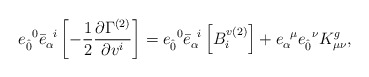
\begin{align*}{e}_{ \hat{0}}^{\;\;0} {\bar{e}}_{\alpha}^{\;\; i}\left[- \frac{1}{2} \frac{\partial\Gamma^{(2)}}{\partial v^{i}}\right] = {e}_{ \hat{0}}^{\;\;0} {\bar{e}}_{\alpha}^{\;\; i}\left[B^{v(2)}_{i} \right] + {e}_{\alpha}^ {\;\;\mu}{e}_{\hat{0}}^{\;\;\nu} K^{g}_{\mu\nu},\end{align*}